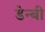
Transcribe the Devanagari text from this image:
डेन्‍बी